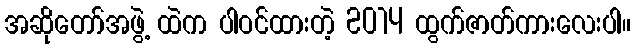
အဆိုတော်အဖွဲ့ ထဲက ပါဝင်ထားတဲ့ 2014 ထွက်ဇာတ်ကားလေးပါ။